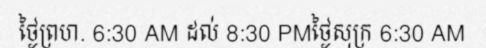
ថ្ងៃព្រហ. 6:30 AM ដល់ 8:30 PMថ្ងៃសុក្រ 6:30 AM